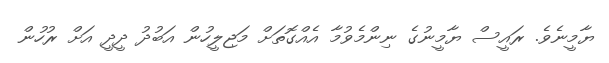
ޔާމީނެވެ. ރައީސް ޔާމީނުގެ ނިންމެވުމާ އެއްގޮތަށް މަޖިލީހުން އަބުދު ދީދީ އަށް ރުހުން